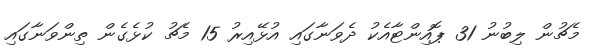
މެޗުން ލިބުނު 31 ޕޮއިންޓާއެކު ދެވަނާގައި އުޅޭއިރު 15 މެޗު ކުޅެގެން ތިންވަނާގައި